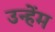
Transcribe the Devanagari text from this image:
उन्हेंम